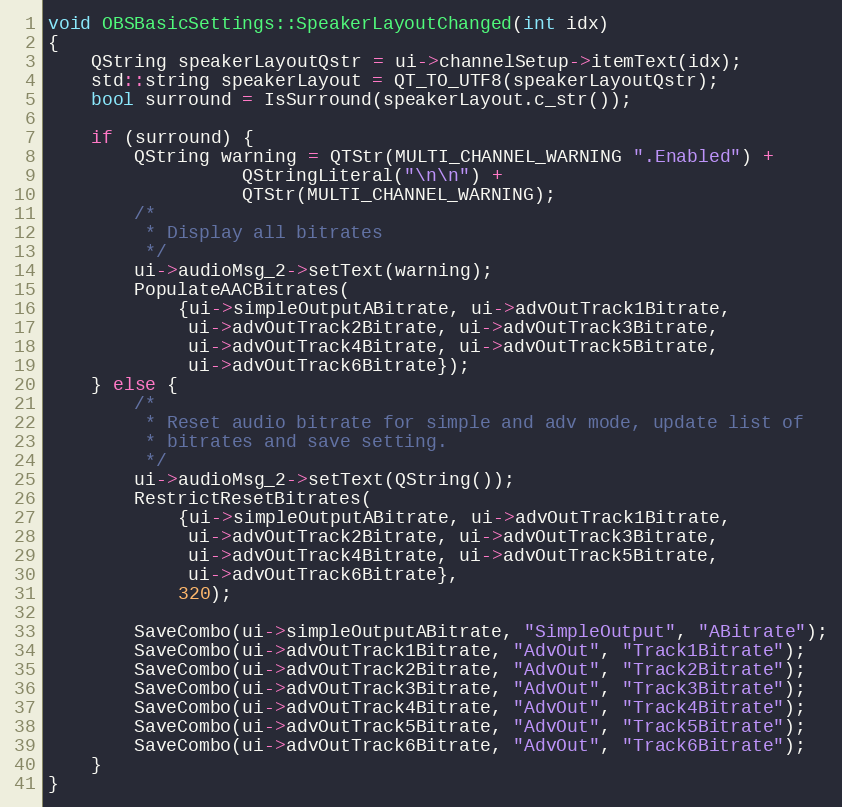
Language: C++
void OBSBasicSettings::SpeakerLayoutChanged(int idx)
{
	QString speakerLayoutQstr = ui->channelSetup->itemText(idx);
	std::string speakerLayout = QT_TO_UTF8(speakerLayoutQstr);
	bool surround = IsSurround(speakerLayout.c_str());

	if (surround) {
		QString warning = QTStr(MULTI_CHANNEL_WARNING ".Enabled") +
				  QStringLiteral("\n\n") +
				  QTStr(MULTI_CHANNEL_WARNING);
		/*
		 * Display all bitrates
		 */
		ui->audioMsg_2->setText(warning);
		PopulateAACBitrates(
			{ui->simpleOutputABitrate, ui->advOutTrack1Bitrate,
			 ui->advOutTrack2Bitrate, ui->advOutTrack3Bitrate,
			 ui->advOutTrack4Bitrate, ui->advOutTrack5Bitrate,
			 ui->advOutTrack6Bitrate});
	} else {
		/*
		 * Reset audio bitrate for simple and adv mode, update list of
		 * bitrates and save setting.
		 */
		ui->audioMsg_2->setText(QString());
		RestrictResetBitrates(
			{ui->simpleOutputABitrate, ui->advOutTrack1Bitrate,
			 ui->advOutTrack2Bitrate, ui->advOutTrack3Bitrate,
			 ui->advOutTrack4Bitrate, ui->advOutTrack5Bitrate,
			 ui->advOutTrack6Bitrate},
			320);

		SaveCombo(ui->simpleOutputABitrate, "SimpleOutput", "ABitrate");
		SaveCombo(ui->advOutTrack1Bitrate, "AdvOut", "Track1Bitrate");
		SaveCombo(ui->advOutTrack2Bitrate, "AdvOut", "Track2Bitrate");
		SaveCombo(ui->advOutTrack3Bitrate, "AdvOut", "Track3Bitrate");
		SaveCombo(ui->advOutTrack4Bitrate, "AdvOut", "Track4Bitrate");
		SaveCombo(ui->advOutTrack5Bitrate, "AdvOut", "Track5Bitrate");
		SaveCombo(ui->advOutTrack6Bitrate, "AdvOut", "Track6Bitrate");
	}
}